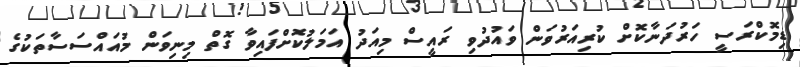
ޑިމޮކްރަސީ ހަރުދަނާކޮށް ކުރިއަރުވަން ވައުދުވި ރައީސް މިއަދު އަމަލުކޮށްފައިވާ ގޮތް މިނިވަން މުއައްސަސާތަކުގެ